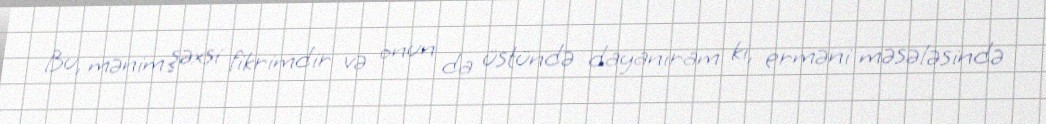
Bu, mənim şəxsi fikrimdir və onun da üstündə dayanıram ki, erməni məsələsində